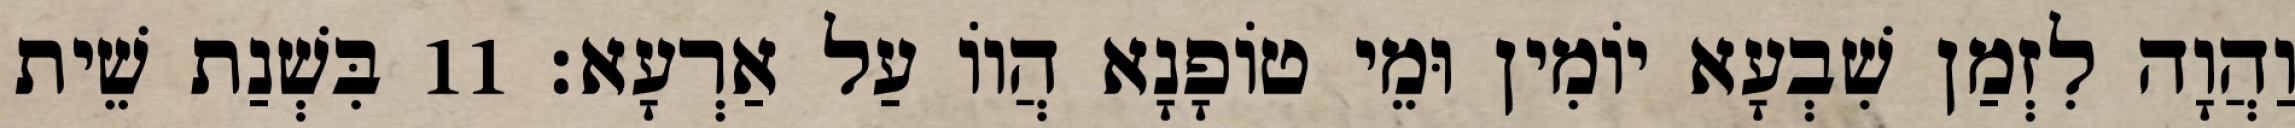
וַהֲוָה לִזְמַן שִׁבְעָא יוֹמִין וּמֵי טוֹפָנָא הֲווֹ עַל אַרְעָא׃ 11 בִּשְׁנַת שֵׁית